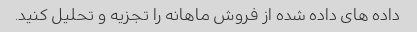
داده های داده شده از فروش ماهانه را تجزیه و تحلیل کنید.